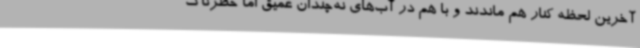
آخرین لحظه کنار هم ماندند و با هم در آب‌های نه‌چندان عمیق اما خطرناک